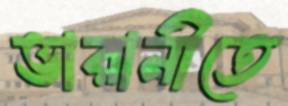
ভারানীতে